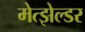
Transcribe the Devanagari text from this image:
मेत्झेल्डर